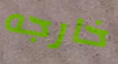
خارجه